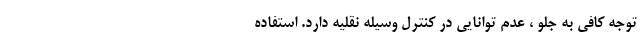
توجه کافی به جلو ، عدم توانایی در کنترل وسیله نقلیه دارد. استفاده